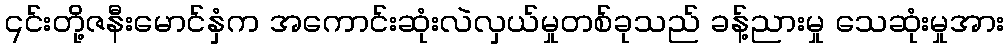
၎င်းတို့ဇနီးမောင်နှံက အကောင်းဆုံးလဲလှယ်မှုတစ်ခုသည် ခန့်ညားမှု သေဆုံးမှုအား